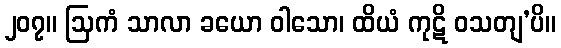
၂၀၇။ ဩကံ သာလာ ခယော ဝါသော၊ ထိယံ ကုဋိ ဝသတျ’ပိ။